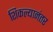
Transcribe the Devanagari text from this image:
शिकल्यानंतर